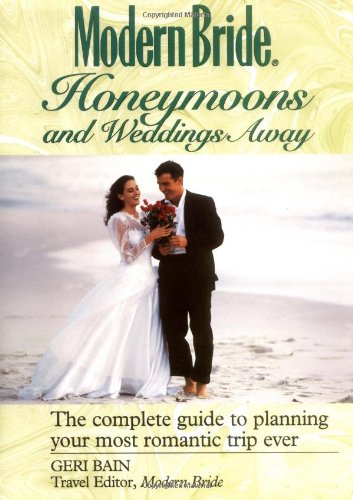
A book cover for Modern BrideÃE Honeymoons and Weddings Away: The Complete Guide to Planning Your Romantic Trip Ever (Wiley's Modern Bride Library); Geri Bain; Crafts, Hobbies & Home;